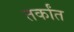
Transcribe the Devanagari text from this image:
तर्कांत